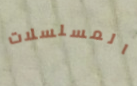
المسلسلات